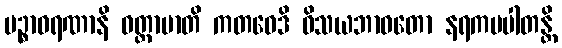
ပဉ္စာဝရဏာနိ ဝတ္တာမာတိ ကတဝေဒိ ဝိသယဘာဝတော နရကပပါတန္တိ